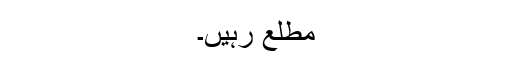
مطلع رہیں۔